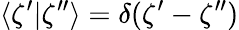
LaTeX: \langle\zeta^{\prime}|\zeta^{\prime\prime}\rangle=\delta(\zeta^{\prime}-\zeta^{\prime\prime})